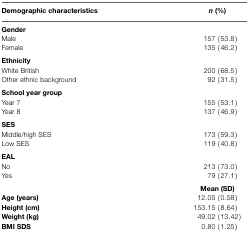
<table><thead><tr><td><b>Demographic characteristics</b></td><td><b><i>n</i> (%)</b></td></tr></thead><tbody><tr><td><b>Gender</b></td></tr><tr><td>Male</td><td>157 (53.8)</td></tr><tr><td>Female</td><td>135 (46.2)</td></tr><tr><td><b>Ethnicity</b></td></tr><tr><td>White British</td><td>200 (68.5)</td></tr><tr><td>Other ethnic background</td><td>92 (31.5)</td></tr><tr><td><b>School year group</b></td></tr><tr><td>Year 7</td><td>155 (53.1)</td></tr><tr><td>Year 8</td><td>137 (46.9)</td></tr><tr><td><b>SES</b></td></tr><tr><td>Middle/high SES</td><td>173 (59.3)</td></tr><tr><td>Low SES</td><td>119 (40.8)</td></tr><tr><td><b>EAL</b></td></tr><tr><td>No</td><td>213 (73.0)</td></tr><tr><td>Yes</td><td>79 (27.1)</td></tr><tr><td></td><td><b>Mean (SD)</b></td></tr><tr><td><b>Age (years)</b></td><td>12.05 (0.58)</td></tr><tr><td><b>Height (cm)</b></td><td>153.15 (8.64)</td></tr><tr><td><b>Weight (kg)</b></td><td>49.02 (13.42)</td></tr><tr><td><b>BMI SDS</b></td><td>0.80 (1.25)</td></tr></tbody></table>